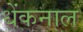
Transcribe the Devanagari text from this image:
धेंकनाल